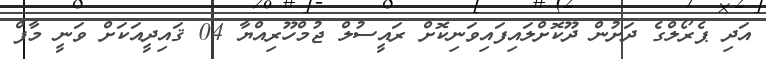
އަދި ޕެރޯލްގެ ދަށުން ދޫކޮށްލައިފައިވަނިކޮށް ރައީސުލް ޖުމްހޫރިއްޔާ 04 ޤައިދީއަކަށް ވަނީ މާފް